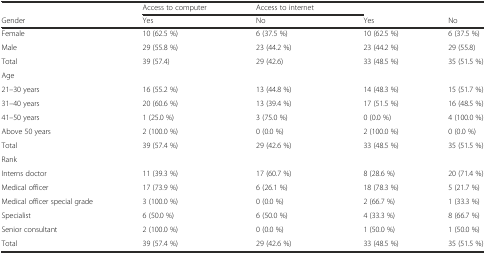
<table><thead><tr><td></td><td><b>Access to computer</b></td><td><b>Access to internet</b></td><td></td><td></td></tr><tr><td><b>Gender</b></td><td><b>Yes</b></td><td><b>No</b></td><td><b>Yes</b></td><td><b>No</b></td></tr></thead><tbody><tr><td>Female</td><td>10 (62.5 %)</td><td>6 (37.5 %)</td><td>10 (62.5 %)</td><td>6 (37.5 %)</td></tr><tr><td>Male</td><td>29 (55.8 %)</td><td>23 (44.2 %)</td><td>23 (44.2 %)</td><td>29 (55.8)</td></tr><tr><td>Total</td><td>39 (57.4)</td><td>29 (42.6)</td><td>33 (48.5 %)</td><td>35 (51.5 %)</td></tr><tr><td>Age</td><td></td><td></td><td></td><td></td></tr><tr><td>21–30 years</td><td>16 (55.2 %)</td><td>13 (44.8 %)</td><td>14 (48.3 %)</td><td>15 (51.7 %)</td></tr><tr><td>31–40 years</td><td>20 (60.6 %)</td><td>13 (39.4 %)</td><td>17 (51.5 %)</td><td>16 (48.5 %)</td></tr><tr><td>41–50 years</td><td>1 (25.0 %)</td><td>3 (75.0 %)</td><td>0 (0.0 %)</td><td>4 (100.0 %)</td></tr><tr><td>Above 50 years</td><td>2 (100.0 %)</td><td>0 (0.0 %)</td><td>2 (100.0 %)</td><td>0 (0.0 %)</td></tr><tr><td>Total</td><td>39 (57.4 %)</td><td>29 (42.6 %)</td><td>33 (48.5 %)</td><td>35 (51.5 %)</td></tr><tr><td>Rank</td><td></td><td></td><td></td><td></td></tr><tr><td>Interns doctor</td><td>11 (39.3 %)</td><td>17 (60.7 %)</td><td>8 (28.6 %)</td><td>20 (71.4 %)</td></tr><tr><td>Medical officer</td><td>17 (73.9 %)</td><td>6 (26.1 %)</td><td>18 (78.3 %)</td><td>5 (21.7 %)</td></tr><tr><td>Medical officer special grade</td><td>3 (100.0 %)</td><td>0 (0.0 %)</td><td>2 (66.7 %)</td><td>1 (33.3 %)</td></tr><tr><td>Specialist</td><td>6 (50.0 %)</td><td>6 (50.0 %)</td><td>4 (33.3 %)</td><td>8 (66.7 %)</td></tr><tr><td>Senior consultant</td><td>2 (100.0 %)</td><td>0 (0.0 %)</td><td>1 (50.0 %)</td><td>1 (50.0 %)</td></tr><tr><td>Total</td><td>39 (57.4 %)</td><td>29 (42.6 %)</td><td>33 (48.5 %)</td><td>35 (51.5 %)</td></tr></tbody></table>